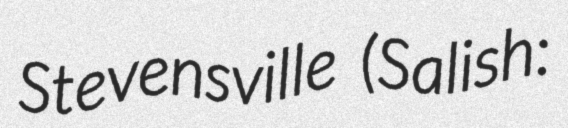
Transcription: Stevensville (Salish: